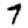
Digit: 7